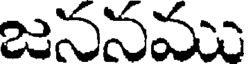
జననము